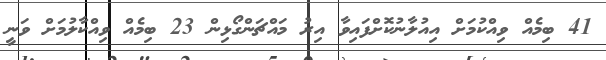
41 ބިމެއް ވިއްކުމަށް އިއުލާނުކޮށްފައިވާ އިރު މައްޗަންގޯޅިން 23 ބިމެއް ވިއްކާލުމަށް ވަނީ